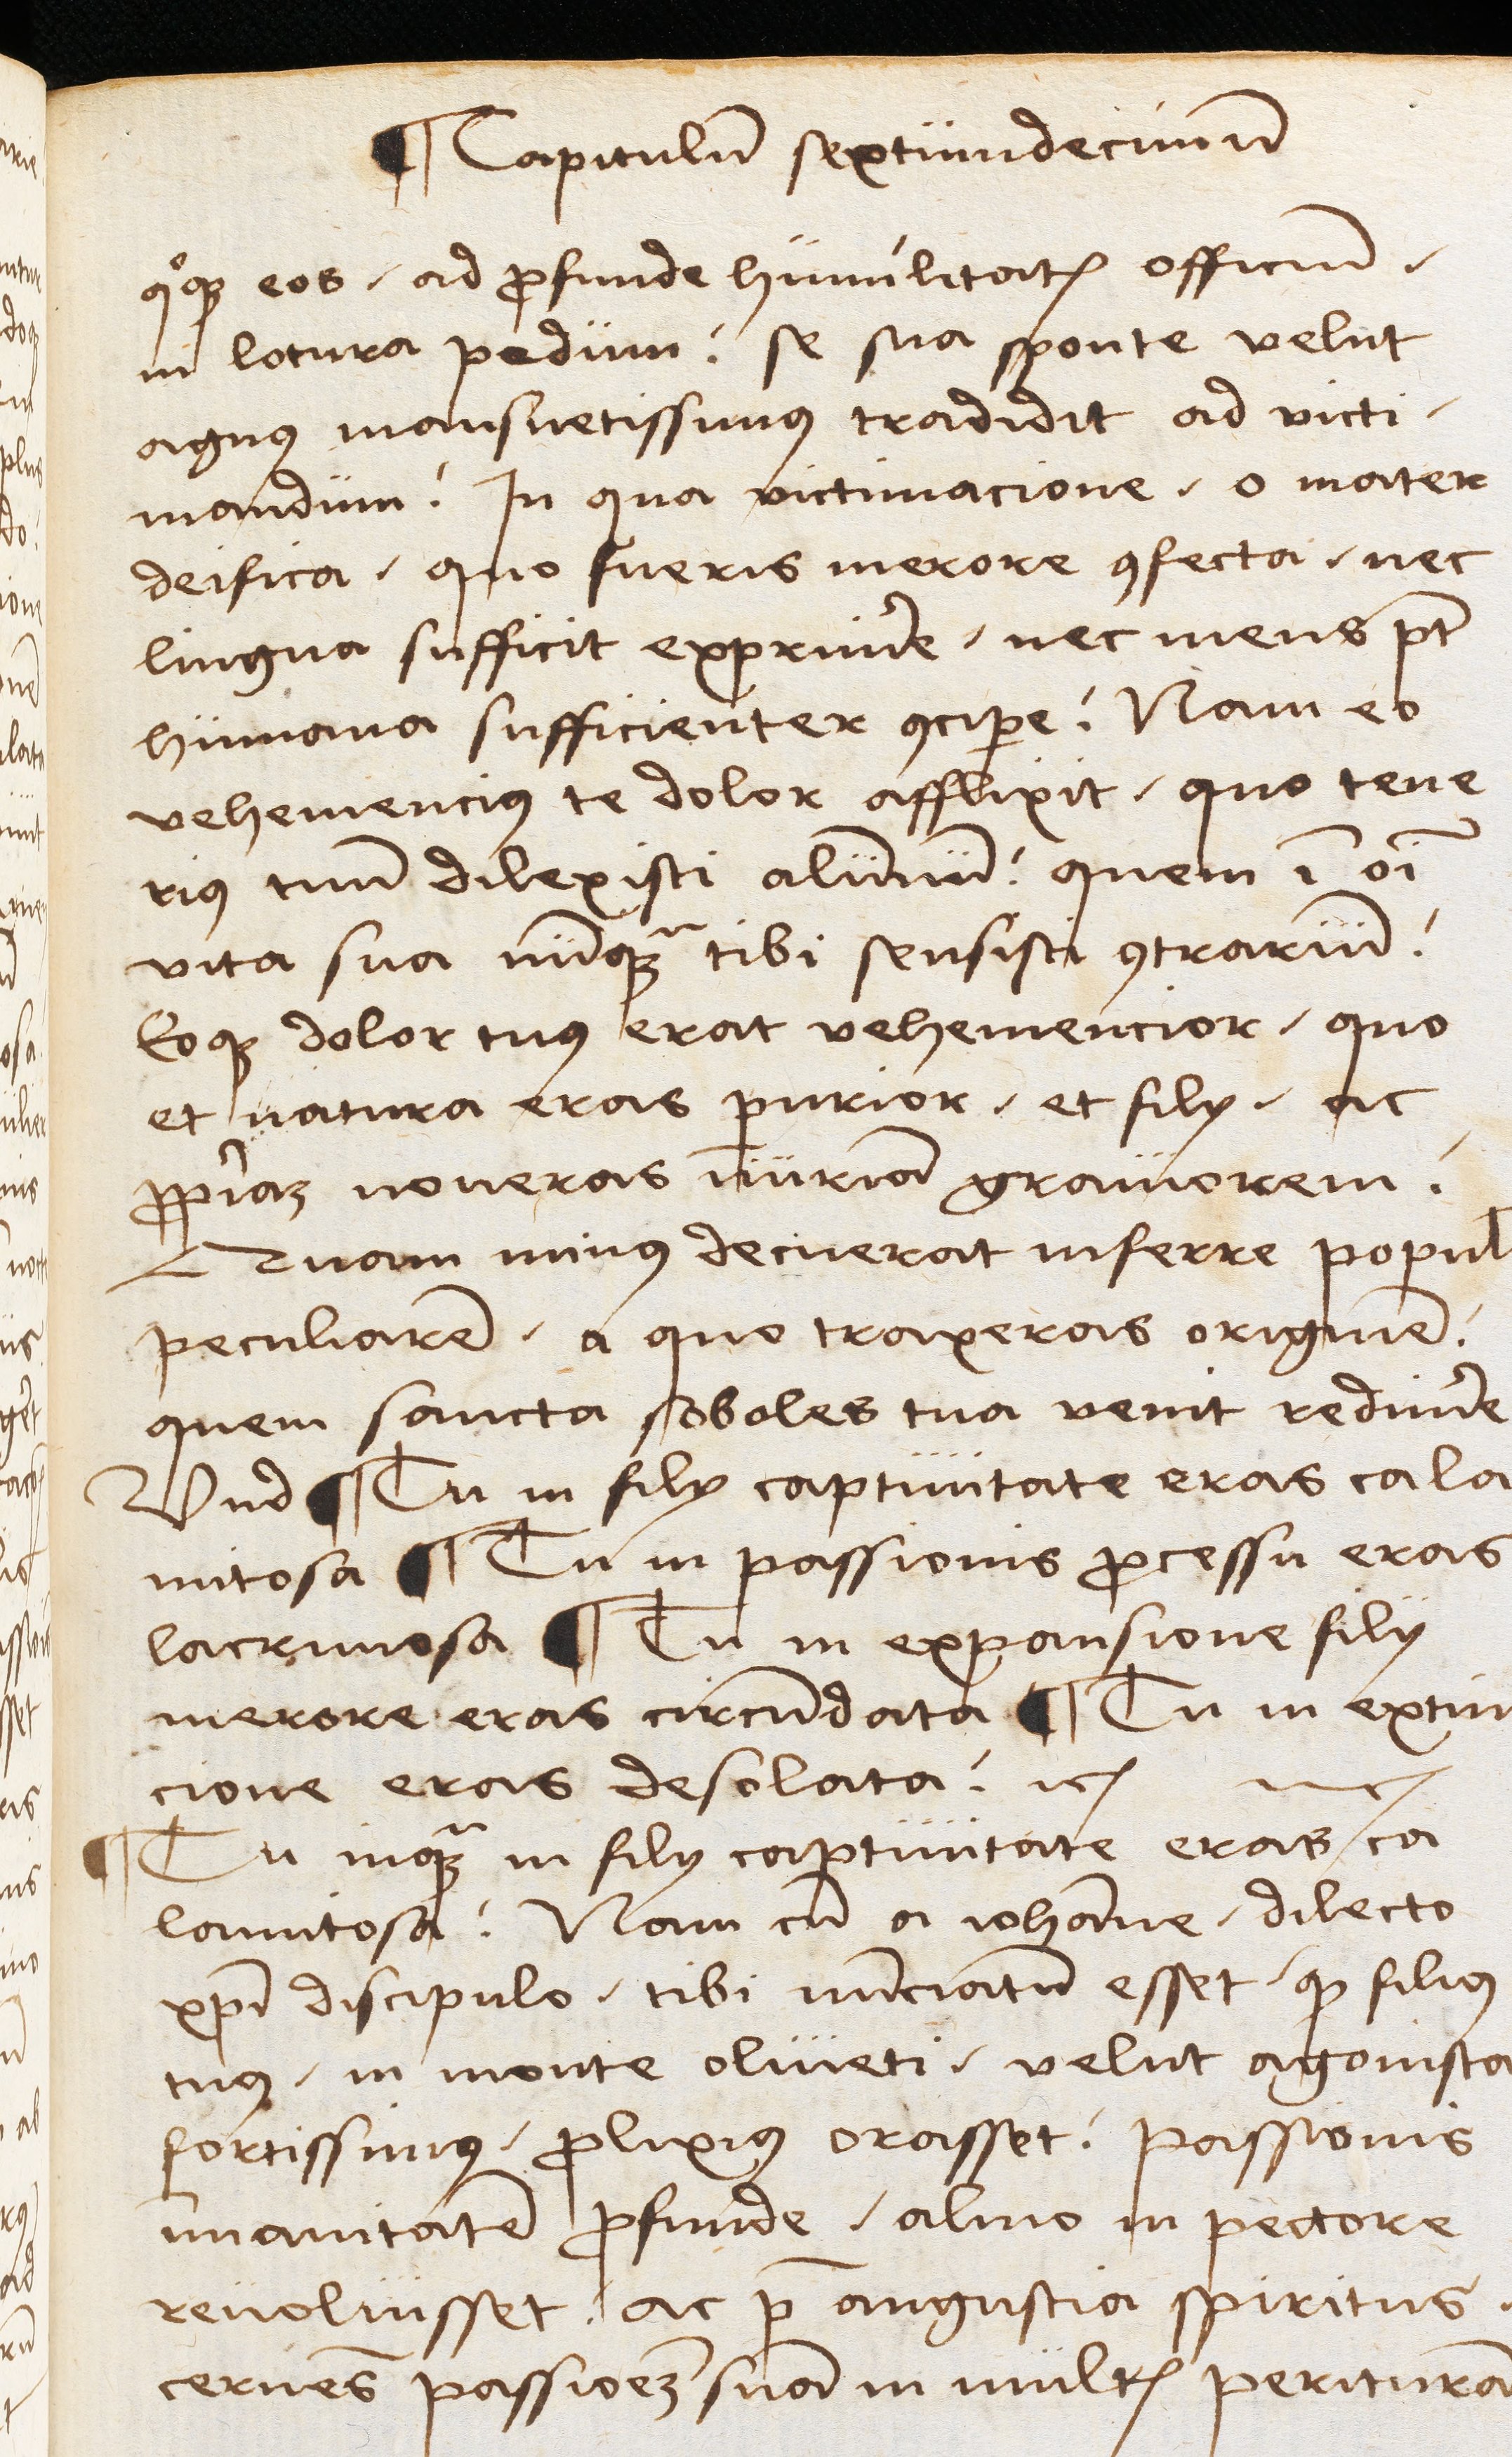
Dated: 1489–1489